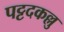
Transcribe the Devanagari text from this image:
पट्टदकल्लु